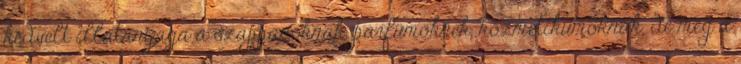
kedvelt illatanyaga a szappanoknak, parfümöknek, kozmetikumoknak, de még a